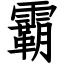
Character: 霸